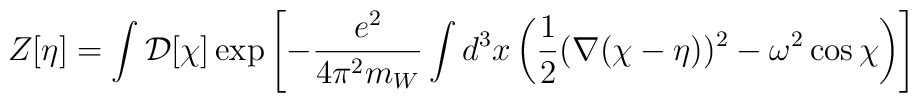
Z[\eta] = \int{\cal D}[\chi]\exp\left[-{e^2\over4\pi^2m_W}\int d^3x\left({1\over2}(\nabla(\chi-\eta))^2- \omega^2\cos\chi\right)\right]